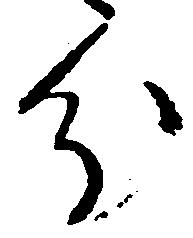
分